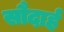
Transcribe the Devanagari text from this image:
सौदार्ह